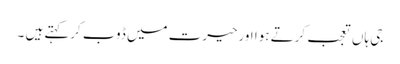
جی ہاں تعجب کرتے ہوا اورحیرت میں ڈوب کرکہتے ہیں ۔